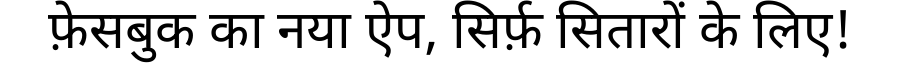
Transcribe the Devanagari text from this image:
फ़ेसबुक का नया ऐप, सिर्फ़ सितारों के लिए!